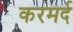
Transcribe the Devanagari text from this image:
करमर्द